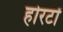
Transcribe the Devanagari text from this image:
होरटों